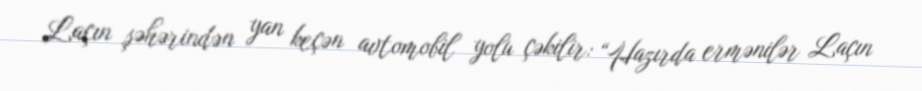
Laçın şəhərindən yan keçən avtomobil yolu çəkilir: “Hazırda ermənilər Laçın